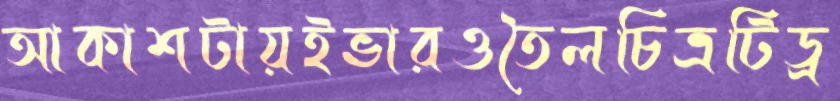
আকাশটায়ইভারওতৈলচিত্রটিড্র